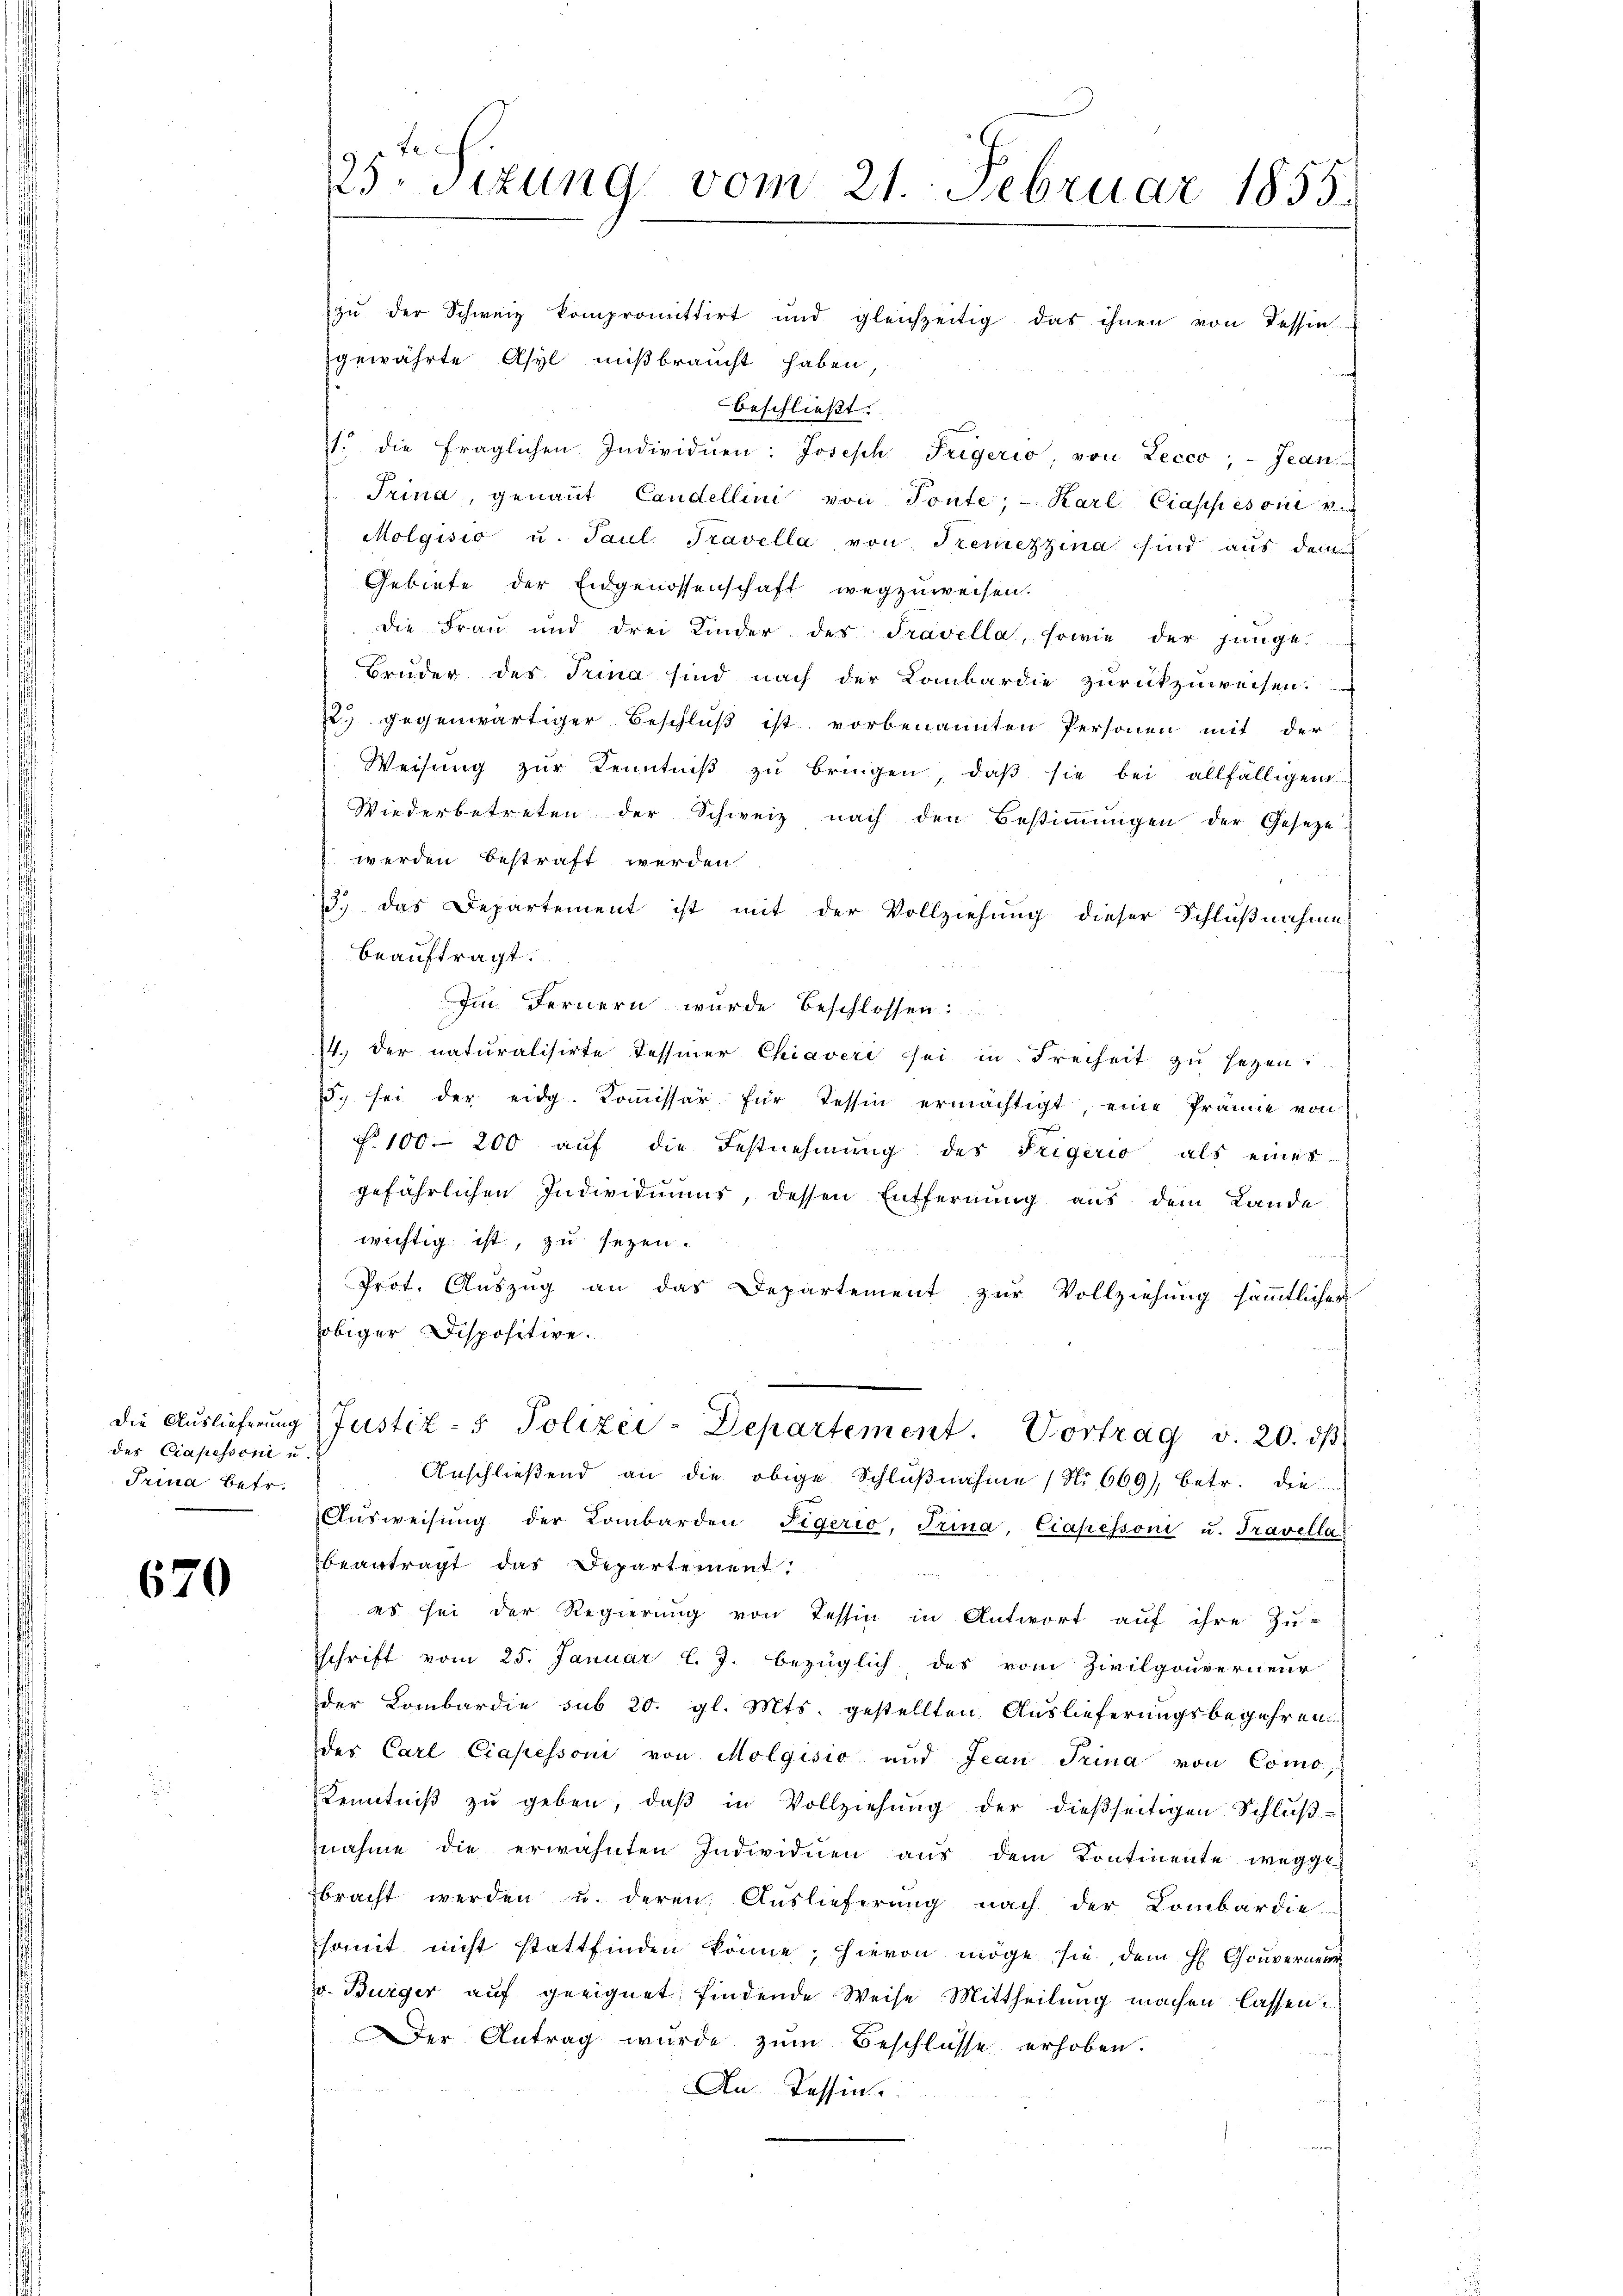
Die Auslieferung
des Ciafessoriu
Trina betr.

670

125 sizung vom 21. Februar 1855.

zŭ der Schweiz kompromittirt und gleichzeitig das ihnen von Tessin
gewährte Asyl mißbraucht haben,
beschließt:
.
. die fraglichen Individuen: Joseph Trigerio, von Lecco; - Jean
Trina, genant Candellini von Tonte; - Karl Ciass es ont
Molgisio u. Paul Travella von Temezzina sind aus dem
Gebiete der Eidgenossenschaft wegzuweisen.
die Frau und drei Kinder des Travella, sowie der jünge
Bruder des Trina sind nach der Kombardie zurückzuweisen.
2) gegenwärtiger Beschluß ist vorbenannten Personen mit der
Weisŭng zŭr Kenntniβ zŭ bringen, daß sie bei allfälligen
Wiederbetreten der Schweiz nach den Bestimmungen der Geseze
werden bestraft werden
13.) das Departement ist mit der Vollziehung dieser Schlußnahme
beauftragt.
Im Fernern wurde beschlossen:
I. der naturalisirte Tessiner Chiaveri sei in Freiheit zu sezen.
5. sei der eidg. Koṁissär für Tessin ermächtigt eine Prämie von
f. 100. 200 auf die Festnehmung des Feigerio, als eines
gefährlichen Individumur, dessen Entfernung aus dem Lande
wichtig ist, zu seyen.
Prot. Auszug an das Departement zur Vollziehung sämmtlicher
obiger Dispositive.
Justiz- & Polizei-Departement. Vortrag v. 20. dβ
Anschließend an die obige Schlußnahme (No 669), betr. die
Aŭsweisŭng der Lombarden Figerio, Trina, Ciapessoni u. Travella
beantragt das Departement
es sei der Regierung von Tessin in Antwort auf ihre Zu-
schrift vom 25. Januar l. J. bezüglich des vom Zivilgouverneur
der Lombardie sub 20. gl. Mts. gestellten Auslieferungsbegehren
der Carl Ciapessoni von Molgisio und Jean Trina von Como,
Kenntniβ zŭ geben, daβ in Vollziehŭng der dießseitigen Schlŭβ-
znahme die erwähnten Individuen aus dem Kontinente wegge
bracht werden u. deren Auslieferung nach der Lombardie
somit nicht stattfinden könne; hievon möge sie, dem H Gouverneur
v. Bürger auf geeignet findende Weise Mittheilung machen lassen.
Der Antrag wurde zum Beschlüsse erhoben.
An Tessin.